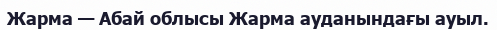
Жарма — Абай облысы Жарма ауданындағы ауыл.